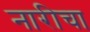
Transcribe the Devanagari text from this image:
नारीचा